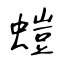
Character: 螘